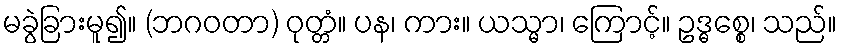
မခွဲခြားမူ၍။ (ဘဂဝတာ) ဝုတ္တံ။ ပန၊ ကား။ ယသ္မာ၊ ကြောင့်။ ဥဒ္ဓစ္စေ၊ သည်။